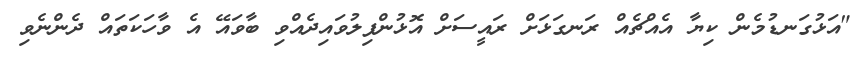
"އަޅުގަނޑުމެން ކިޔާ އެއްޗެއް ރަނގަޅަށް ރައީސަށް އޮޅުންފިލުވައިދެއްވި ބާވައޭ އެ ވާހަކަތައް ދެންނެވި